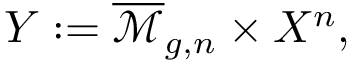
Y : = { \overline { { \mathcal { M } } } } _ { g , n } \times X ^ { n } ,